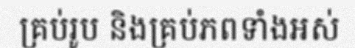
គ្រប់រូប និងគ្រប់ភពទាំងអស់